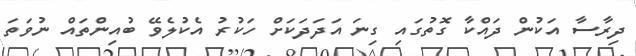
ދިރާސާ އަކުން ދައްކާ ގޮތުގައި ގިނަ އަދަދަކަށް ހަކުރު އެކުލެވޭ ބުއިންތައް ނުވަތަ